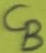
Text: CB